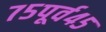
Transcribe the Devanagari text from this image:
७५पूर्व४५